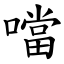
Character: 噹